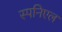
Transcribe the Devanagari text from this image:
स्पनिएल